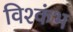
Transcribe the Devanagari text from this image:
विश्कंभ